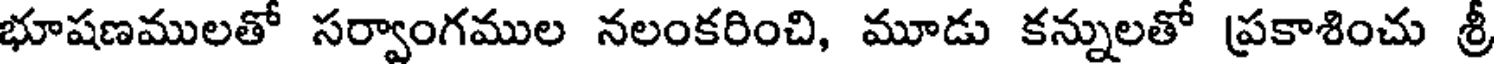
భూషణములతో సర్వాంగముల నలంకరించి, మూడు కన్నులతో ప్రకాశించు శ్రీ